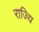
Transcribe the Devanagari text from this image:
राज्यि